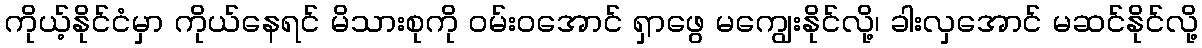
ကိုယ့်နိုင်ငံမှာ ကိုယ်နေရင် မိသားစုကို ဝမ်းဝအောင် ရှာဖွေ မကျွေးနိုင်လို့၊ ခါးလှအောင် မဆင်နိုင်လို့